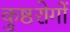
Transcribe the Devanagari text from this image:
कुष्ठरोगों